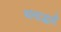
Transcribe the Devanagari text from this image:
धनाद्धर्मं